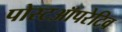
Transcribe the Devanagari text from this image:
पोस्टऑपरेटिव